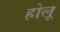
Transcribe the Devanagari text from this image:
होलू